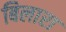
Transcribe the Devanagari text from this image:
बिलारा